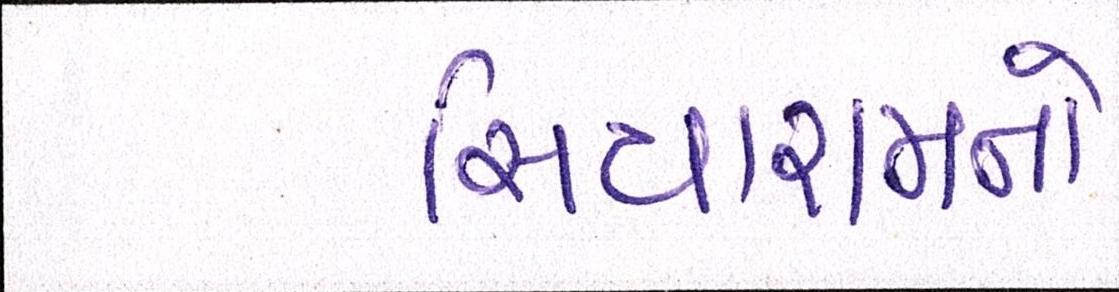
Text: સિયારામનો